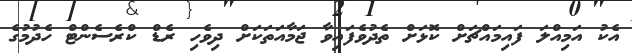
އެކު އަމިއްލަ ފައިމައްޗަށް ކޮޅަށް ތެދުވެފައިވާ ޖަމާއަތަކަށް ދިވެހި ރެޑް ކްރެސެންޓް ހެދުމުގެ